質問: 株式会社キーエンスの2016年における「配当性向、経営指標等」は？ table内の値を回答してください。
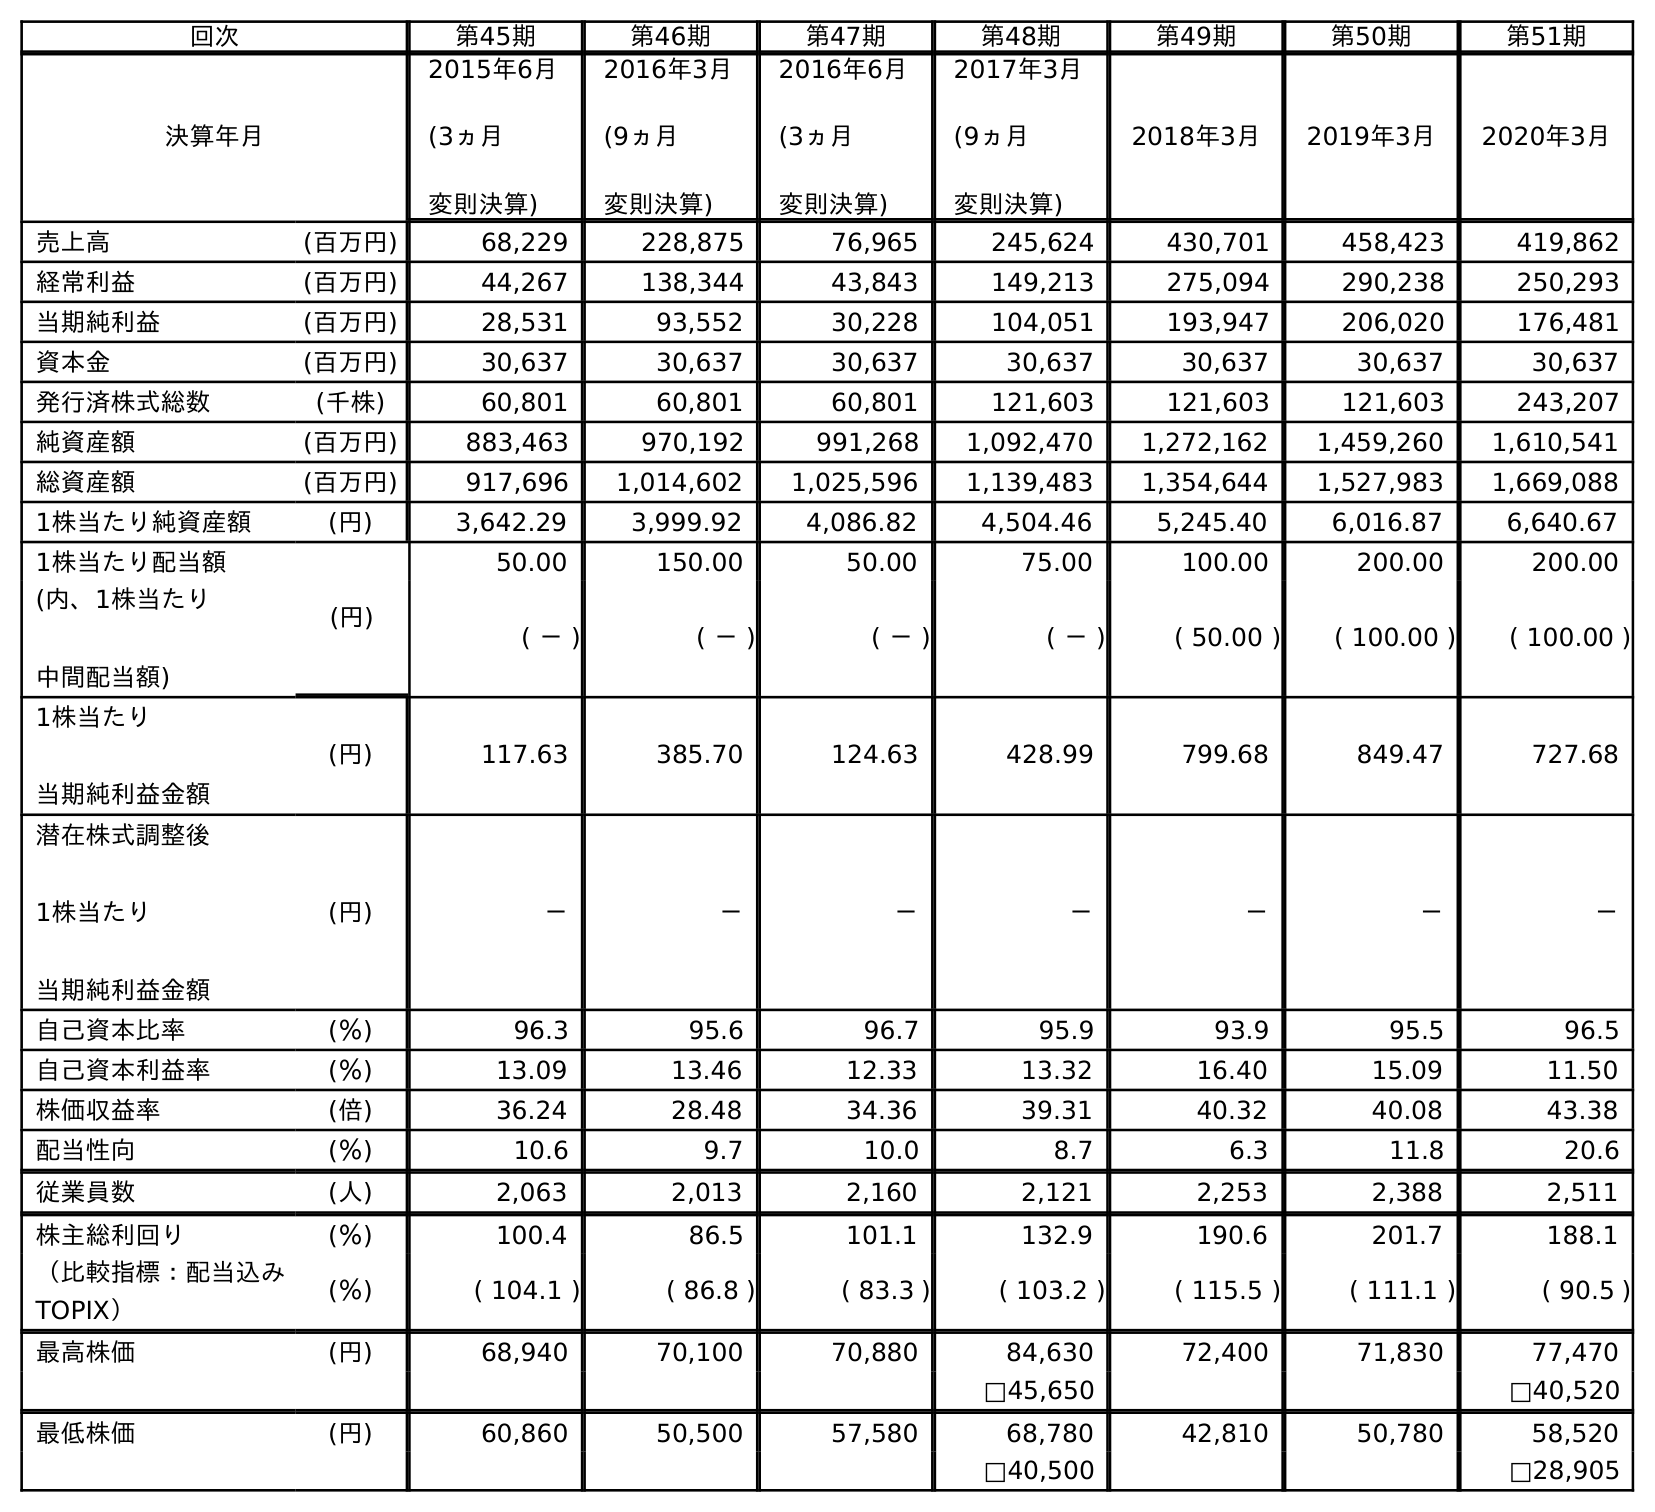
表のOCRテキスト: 回次 第45期 第46期 第47期 第48期 第49期 第50期 第51期 決算年月 2015年6月 (3ヵ月 変則決算) 2016年3月 (9ヵ月 変則決算) 2016年6月 (3ヵ月 変則決算) 2017年3月 (9ヵ月 変則決算) 2018年3月 2019年3月 2020年3月 売上高 (百万円) 68,229 228,875 76,965 245,624 430,701 458,423 419,862 経常利益 (百万円) 44,267 138,344 43,843 149,213 275,094 290,238 250,293 当期純利益 (百万円) 28,531 93,552 30,228 104,051 193,947 206,020 176,481 資本金 (百万円) 30,637 30,637 30,637 30,637 30,637 30,637 30,637 発行済株式総数 (千株) 60,801 60,801 60,801 121,603 121,603 121,603 243,207 純資産額 (百万円) 883,463 970,192 991,268 1,092,470 1,272,162 1,459,260 1,610,541 総資産額 (百万円) 917,696 1,014,602 1,025,596 1,139,483 1,354,644 1,527,983 1,669,088 1株当たり純資産額 (円) 3,642.29 3,999.92 4,086.82 4,504.46 5,245.40 6,016.87 6,640.67 1株当たり配当額 (円) 50.00 150.00 50.00 75.00 100.00 200.00 200.00 (内、1株当たり 中間配当額) ( － ) ( － ) ( － ) ( － ) ( 50.00 ) ( 100.00 ) ( 100.00 ) 1株当たり 当期純利益金額 (円) 117.63 385.70 124.63 428.99 799.68 849.47 727.68 潜在株式調整後 1株当たり 当期純利益金額 (円) － － － － － － － 自己資本比率 (％) 96.3 95.6 96.7 95.9 93.9 95.5 96.5 自己資本利益率 (％) 13.09 13.46 12.33 13.32 16.40 15.09 11.50 株価収益率 (倍) 36.24 28.48 34.36 39.31 40.32 40.08 43.38 配当性向 (％) 10.6 9.7 10.0 8.7 6.3 11.8 20.6 従業員数 (人) 2,063 2,013 2,160 2,121 2,253 2,388 2,511 株主総利回り (％) 100.4 86.5 101.1 132.9 190.6 201.7 188.1 （比較指標：配当込み TOPIX） (％) ( 104.1 ) ( 86.8 ) ( 83.3 ) ( 103.2 ) ( 115.5 ) ( 111.1 ) ( 90.5 ) 最高株価 (円) 68,940 70,100 70,880 84,630 72,400 71,830 77,470 □45,650 □40,520 最低株価 (円) 60,860 50,500 57,580 68,780 42,810 50,780 58,520 □40,500 □28,905
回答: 10.0